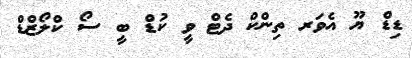
ޑިޑް ޔޫ އެވަރ ތިންކް ދެޓް ވީ ކުޑް ބީ ސޯ ކްލޯޒްޑް